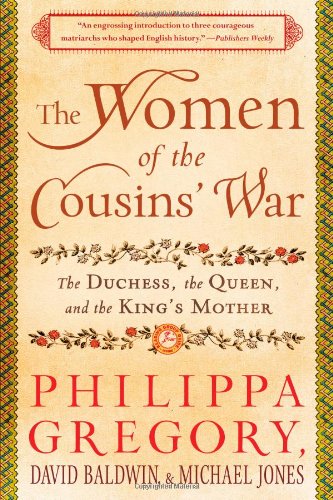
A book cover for The Women of the Cousins' War: The Duchess, the Queen, and the King's Mother; Philippa Gregory; Biographies & Memoirs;